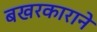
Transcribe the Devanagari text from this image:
बखरकाराने